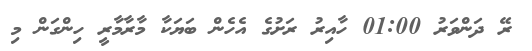
ރޭ ދަންވަރު 01:00 ހާއިރު ރަށުގެ އެހެން ބަޔަކާ މާރާމާރީ ހިންގަން މި